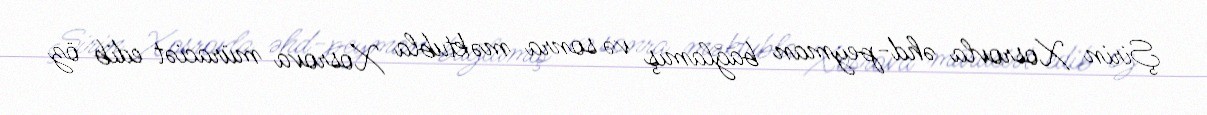
Şirin Xosrovla əhd-peyman bağlamış və sonra məktubla Xosrova müraciət edib öz